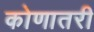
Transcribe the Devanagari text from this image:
कोणातरी